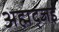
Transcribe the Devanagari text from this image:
अह्मद्जई